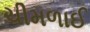
ચીમળાઈ